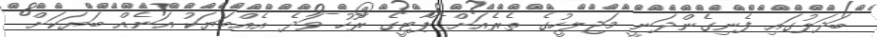
ބަދަލުގައި ފެނިގެންދަނީ މަޖިލީހުގެ ތެރެއަށް ޕާޓީގެ ރޫހު ވަދެ އެއްބަޔަކު އަނެއް ބަޔަކަށް